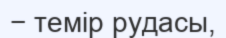
− темір рудасы,